Mental hospitals Bombay report 1921-28 - 1921-1928
Year: 1921
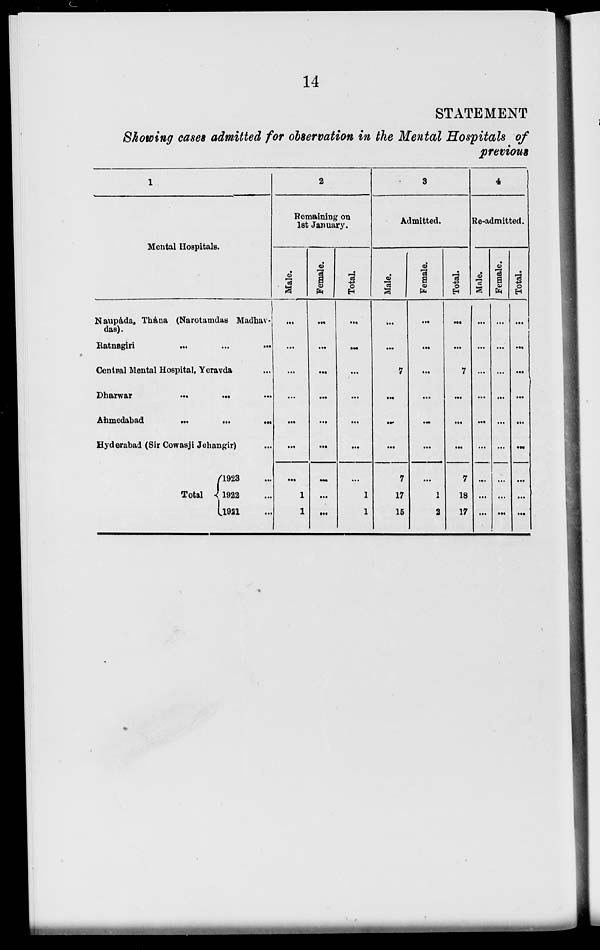
14
STATEMENT
Showing cases admitted for observation in the Mental Hospitals of
previous
1
Mental Hospitals.
Naupáda, Thána (Narotamdas Madhav-
das).
Ratnagiri ... ... ...
Central Mental Hospital, Yeravda ...
Dharwar
...
...
...
Ahmedabad
...
...
...
Hyderabad (Sir Cowasji Jehangir) ...
Total
1923 ...
1922 ...
1921 ...
2
Remaining on
1st January.
Male.
...
...
...
...
...
...
...
1
1
Female.
...
...
...
...
...
...
...
...
...
Total.
...
...
...
...
...
...
...
1
1
3
Admitted.
Male.
...
...
7
...
...
...
7
17
15
Female.
...
...
...
...
...
...
...
1
2
Total.
...
...
7
...
...
...
7
18
17
4
Re-admitted.
Male.
...
...
...
...
...
...
...
...
...
Female.
...
...
...
...
...
...
...
...
...
Total.
...
...
...
...
...
...
...
...
...